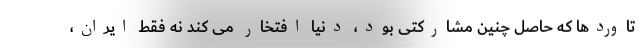
تاوردها که حاصل چنین مشارکتی بود، دنیا افتخار می کند نه فقط ایران،